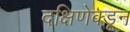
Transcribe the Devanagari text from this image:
दक्षिणेक्डून